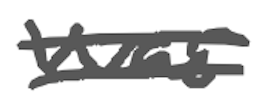
Text: was
Cross-out: mix
Writing tool: digital_gray